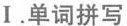
Ⅰ.单词拼写